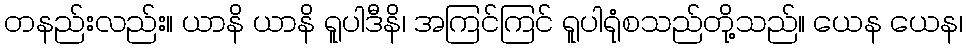
တနည်းလည်း။ ယာနိ ယာနိ ရူပါဒီနိ၊ အကြင်ကြင် ရူပါရုံစသည်တို့သည်။ ယေန ယေန၊